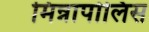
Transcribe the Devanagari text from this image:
मिन्नापोलिस